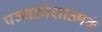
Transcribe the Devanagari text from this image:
पञ्चक्रोशात्मकं